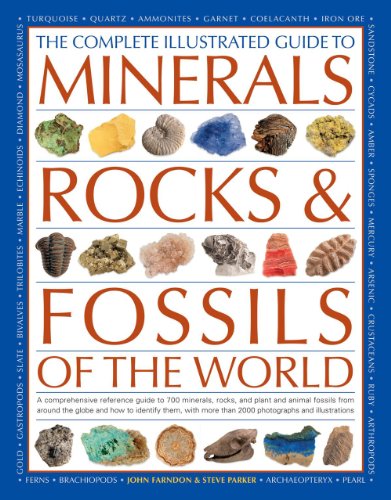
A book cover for The Complete Illustrated Guide To Minerals, Rocks & Fossils Of The World: A comprehensive reference to 700 minerals, rocks, plants and animal fossils ... more than 2000 photographs and illustrations; John Farndon; Sports & Outdoors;